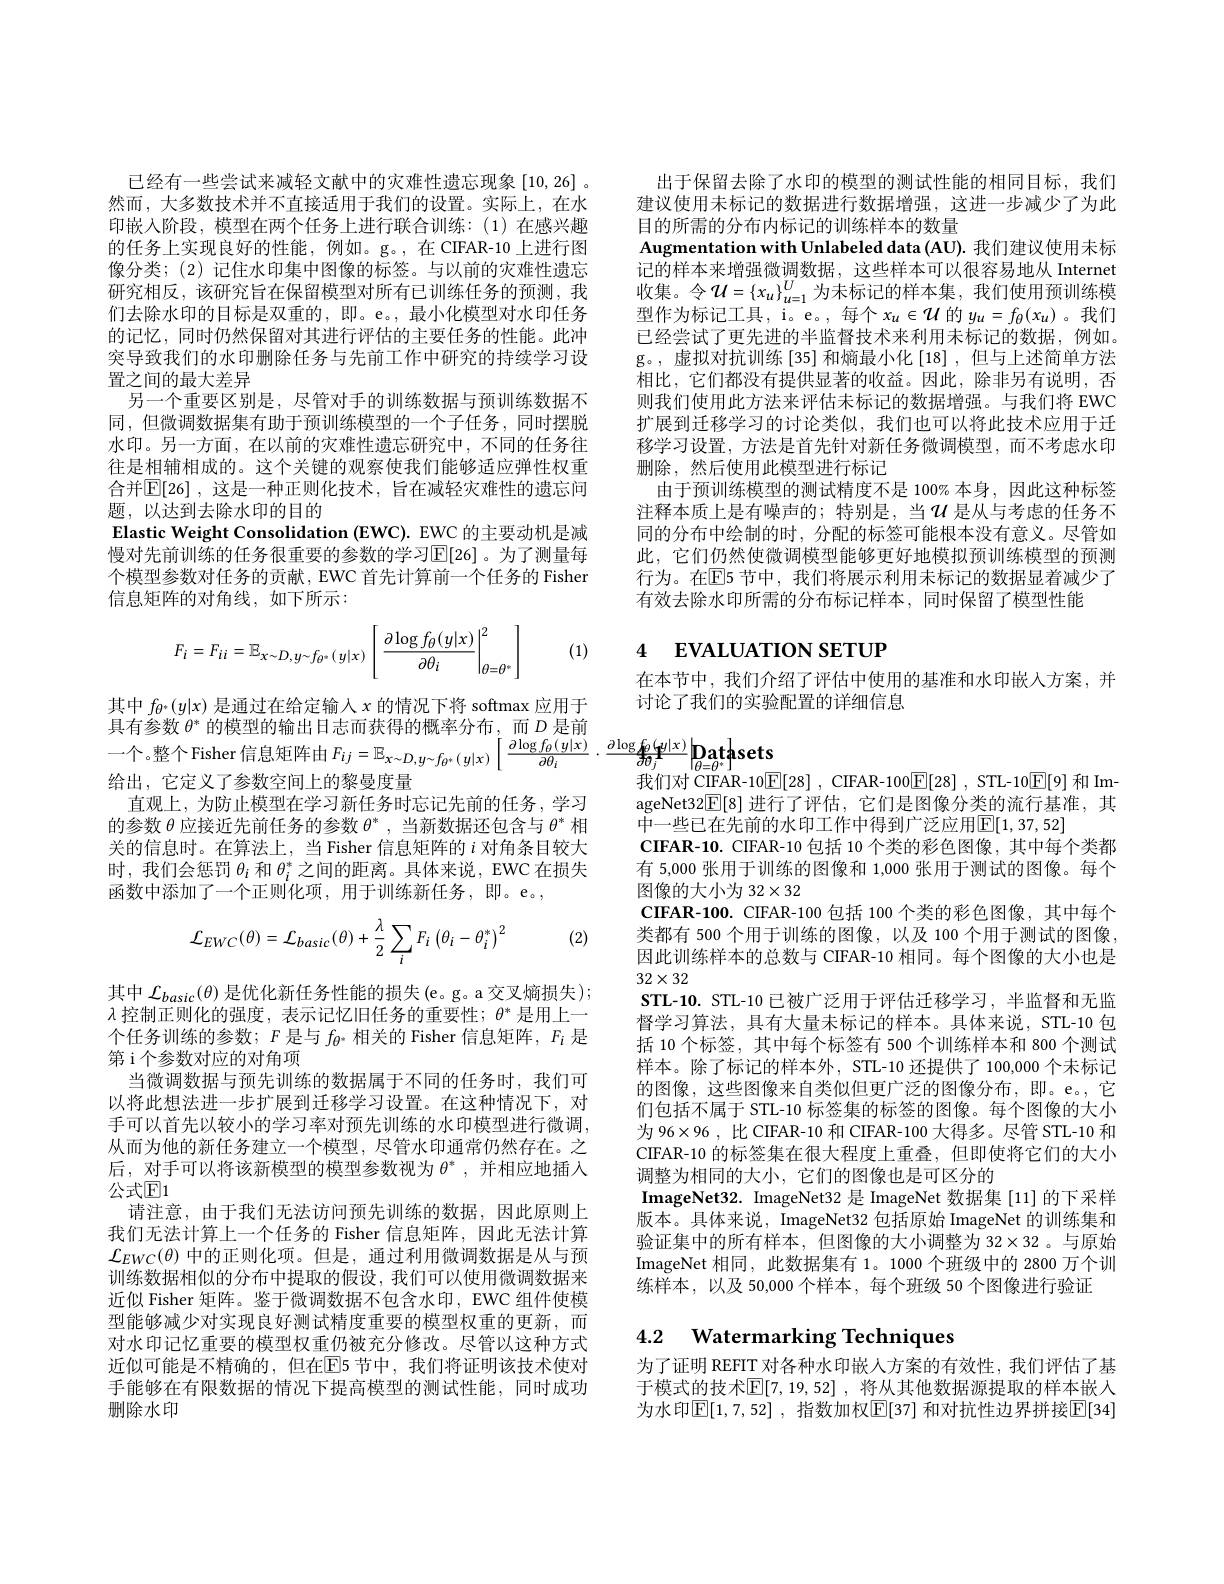
出于保留去除了水印的模型的测试性能的相同目标，我们建议使用未标记的数据进行数据增强，这进一步减少了为此目的所需的分布内标记的训练样本的数量
Augmentation with Unlabeled data (AU). 我们建议使用未标记的样本来增强微调数据，这些样本可以很容易地从 Internet 收集。令$\mathcal{U}=\{x_u\}_u=1^U$为未标记的样本集，我们使用预训练模型作为标记工具，i。e。, 每个$x_u\in\mathcal{U}$的$y_u=f_\theta(x_u)$ 。我们已经尝试了更先进的半监督技术来利用未标记的数据，例如。g。,虚拟对抗训练[35]和熵最小化[18],但与上述简单方法相比，它们都没有提供显著的收益。因此，除非另有说明，否则我们使用此方法来评估未标记的数据增强。与我们将 EWC 扩展到迁移学习的讨论类似，我们也可以将此技术应用于迁移学习设置，方法是首先针对新任务微调模型，而不考虑水印删除，然后使用此模型进行标记
由于预训练模型的测试精度不是 100% 本身，因此这种标签注释本质上是有噪声的；特别是，当$u$ 是从与考虑的任务不同的分布中绘制的时，分配的标签可能根本没有意义。尽管如此，它们仍然使微调模型能够更好地模拟预训练模型的预测行为。在$\mathbb{E}$5 节中，我们将展示利用未标记的数据显着减少了有效去除水印所需的分布标记样本，同时保留了模型性能

已经有一些尝试来减轻文献中的灾难性遗忘现象[10,26]。然而，大多数技术并不直接适用于我们的设置。实际上，在水印嵌入阶段，模型在两个任务上进行联合训练：(1)在感兴趣的任务上实现良好的性能，例如。g。,在 CIFAR-10 上进行图像分类；(2)记住水印集中图像的标签。与以前的灾难性遗忘研究相反，该研究旨在保留模型对所有已训练任务的预测，我们去除水印的目标是双重的，即。e。,最小化模型对水印任务的记忆，同时仍然保留对其进行评估的主要任务的性能。此冲突导致我们的水印删除任务与先前工作中研究的持续学习设置之间的最大差异
另一个重要区别是，尽管对手的训练数据与预训练数据不同，但微调数据集有助于预训练模型的一个子任务，同时摆脱水印。另一方面，在以前的灾难性遗忘研究中，不同的任务往往是相辅相成的。这个关键的观察使我们能够适应弹性权重合并$\mathbb{E}[26]$ ,这是一种正则化技术 , 旨在减轻灾难性的遗忘问题，以达到去除水印的目的
Elastic Weight Consolidation (EWC). EWC 的主要动机是减慢对先前训练的任务很重要的参数的学习$\mathbb{E}[26]$。为了测量每个模型参数对任务的贡献，EWC 首先计算前一个任务的 Fisher 信息矩阵的对角线，如下所示：

# 4 EVALUATION SETUP

(1)
$$F_{i}=F_{ii}=\mathbb{E}_{x\sim D,y\sim f_{\theta^{*}}(y|x)}\left[\left.\frac{\partial\log f_{\theta}(y|x)}{\partial\theta_{i}}\right|_{\theta=\theta^{*}}^{2}\right]$$
在本节中，我们介绍了评估中使用的基准和水印嵌人方案，并
讨论了我们的实验配置的详细信息

一个。整个Fisher信息矩阵由$F_{ij}=\mathbb{E}_{x\sim D,y\sim f_{\theta^*}(y|x)}\left[\frac{\partial\log\int_{\theta}(y|x)}{\partial\theta_i}\cdot\frac{\partial\log f_{\theta}(y|x)}{\partial\theta_j}\right|\mathbf{D}_{\theta=\theta^*}$patąsets
我们对 CIFAR-10$\boxed{\mathbb{E} }[ 28]$ , CIFAR-100$\boxed{\mathbb{E} }[ 28]$ , STL-10$\boxed{\mathbb{E}}[9]$和 Im-

其中$f_{\theta^*}(y|x)$是通过在给定输入$x$的情况下将 softmax 应用于具有参数$\theta^*$的模型的输出日志而获得的概率分布，而$D$是前给出，它定义了参数空间上的黎曼度量
直观上，为防止模型在学习新任务时忘记先前的任务，学习的参数$\theta$应接近先前任务的参数$\theta^*$,当新数据还包含与$\theta^*$相关的信息时。在算法上，当 Fisher 信息矩阵的$i$对角条目较大时，我们会惩罚$\theta_i$和$\theta_i^*$之间的距离。具体来说，EWC 在损失函数中添加了一个正则化项，用于训练新任务，即。e。,
$$\mathcal{L}_{EWC}(\theta)=\mathcal{L}_{basic}(\theta)+\frac{\lambda}{2}\sum_{i}F_{i}\left(\theta_{i}-\theta_{i}^{*}\right)^{2}$$
(2)

ageNet32$\underline{\mathbb{E}}[8]$进行了评估，它们是图像分类的流行基准，其
中一些已在先前的水印工作中得到广泛应用$\mathbb{E}[1,37,52]$
CIFAR-10. CIFAR-10 包括 10 个类的彩色图像，其中每个类都有 5,000 张用于训练的图像和 1,000 张用于测试的图像。每个图像的大小为 32$\times32$
CIFAR-100. CIFAR-100 包括 100 个类的彩色图像，其中每个类都有 500 个用于训练的图像，以及 100 个用于测试的图像， 因此训练样本的总数与 CIFAR-10 相同。每个图像的大小也是$32\times32$
STL-10. STL-10 已被广泛用于评估迁移学习，半监督和无监督学习算法，具有大量未标记的样本。具体来说，STL-10 包括 10 个标签，其中每个标签有 500 个训练样本和 800 个测试样本。除了标记的样本外，STL-10 还提供了 100,000 个未标记的图像，这些图像来自类似但更广泛的图像分布，即。e。,它们包括不属于 STL-10 标签集的标签的图像。每个图像的大小为96×96 , 比 CIFAR-10 和 CIFAR-100 大得多。尽管 STL-10 和CIFAR-10 的标签集在很大程度上重叠，但即使将它们的大小调整为相同的大小，它们的图像也是可区分的
ImageNet32. ImageNet32 是 ImageNet 数据集 [11]的下采样版本。具体来说，ImageNet32 包括原始 ImageNet 的训练集和验证集中的所有样本，但图像的大小调整为 32$\times32$ 。与原始ImageNet 相同，此数据集有 1。1000 个班级中的 2800 万个训练样本，以及 50,000 个样本，每个班级 50 个图像进行验证

其中$\mathcal{L}_basic(\theta)$是优化新任务性能的损失(e。g。a 交叉熵损失); $\lambda$控制正则化的强度，表示记忆旧任务的重要性；$\theta^*$是用上一个任务训练的参数；$F$是与$f_\theta^*$相关的 Fisher 信息矩阵，$F_i$是第 i 个参数对应的对角项
当微调数据与预先训练的数据属于不同的任务时，我们可以将此想法进一步扩展到迁移学习设置。在这种情况下，对手可以首先以较小的学习率对预先训练的水印模型进行微调， 从而为他的新任务建立一个模型，尽管水印通常仍然存在。之后，对手可以将该新模型的模型参数视为$\theta^*$,并相应地插入公式$\mathbb{E}1$
请注意，由于我们无法访问预先训练的数据，因此原则上我们无法计算上一个任务的 Fisher 信息矩阵，因此无法计算$\mathcal{L}_{EWC}(\theta)$中的正则化项。但是，通过利用微调数据是从与预训练数据相似的分布中提取的假设，我们可以使用微调数据来近似 Fisher 矩阵。鉴于微调数据不包含水印，EWC 组件使模型能够减少对实现良好测试精度重要的模型权重的更新，而对水印记忆重要的模型权重仍被充分修改。尽管以这种方式近似可能是不精确的，但在[E]5节中，我们将证明该技术使对手能够在有限数据的情况下提高模型的测试性能，同时成功删除水印

## 4.2 Watermarking Techniques

为了证明 REFIT 对各种水印嵌人方案的有效性，我们评估了基于模式的技术$\mathbb{E}[7,19,52]$, 将从其他数据源提取的样本嵌入为水印$\mathbb{E}[1,7,52]$ ,指数加权$\mathbb{E}[37]$ 和对抗性边界拼接$\mathbb{E}[34]$